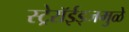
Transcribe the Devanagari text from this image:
स्ट्रेरॉईड्जमुळे